Medical and sanitary report of the native army of Bengal for the year
Year: 1877
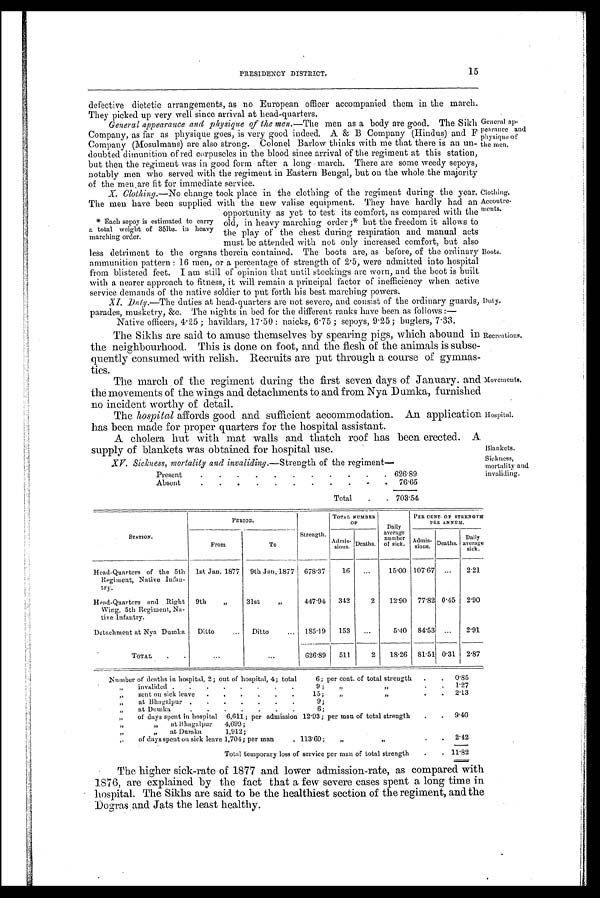
15
PRESIDENCY DISTRICT.
defective dietetic arrangements, as no European officer accompanied them in the march.
They picked up very well since arrival at head-quarters.
General appearance and physique of the men.— The men as a body are good. The Sikh
Company, as far as physique goes, is very good indeed. A & B Company (Hindus) and F
Company (Mosulmans) are also strong. Colonel Barlow thinks with me that there is an un-
doubted dimunition of red corpuscles in the blood since arrival of the regiment at this station,
but then the regiment was in good form after a long march. There are some weedy sepoys,
notably men who served with the regiment in Eastern Bengal, but on the whole the majority
of the men are fit for immediate service.
X. Clothing.—No change took place in the clothing of the regiment during the year.
The men have been supplied with the new valise equipment. They have hardly had an
opportunity as yet to test its comfort, as compared with the
* Each sepoy is estimated to carry old, in heavy marching order ;* but the freedom it allows to
a total weight of 351bs. in heavy
the ptay of the chest during respiration and manual acts
marching order.
must be attended with not only increased comfort, but also
less detriment to the organs therein contained. The boots are, as before, of the ordinary
ammunition pattern : 16 men, or a percentage of strength of 2.5, were admitted into hospital
from blistered feet. I am still of opinion that until stockings are worn, and the boot is built
with a nearer approach to fitness, it will remain a principal factor of inefficiency when active
service demands of the native soldier to put forth his best marching powers.
XI. Duty. —The duties at head-quarters are not severe, and consist of the ordinary guards,
parades, musketry, &c. The nights in bed for the different ranks have been as follow
Native officers, 4.25; havildars, 17.50 : naicks, 6.75 ; sepoys, 9.25; buglers, 7.33.
The Sikhs are said to amuse themselves by spearing pigs, which abound in
the neighbourhood. This is done on foot, and. the flesh of the animals is subse-
quently consumed with relish. Recruits are put through a course of gymnas-
tics.
The march of the regiment during the first seven days of January. and
the movements of the wings and detachments to and from Nya Damka, furnished
no incident worthy of detail.
The hospital affords good and sufficient accommodation. An application
has been made for proper quarters for the hospital assistant.
A cholera hut with mat walls and thatch roof has been erected. A
supply of blankets was obtained for hospital use.
General ap-
pearance and
physique of
lie men.
C l o t h i n g
Accoutre-
ments.
Boots.
Duty.
Recreations.
Movements.
Hospital.
Blankets.
Sickness,
mortality and i nval i di ng.
XV. Sickness, mortality and invaliding.— Strength of the regiment-
Present
626.89
Absent
76.65
Total
703.54
STATION.
PERIOD.
Strength.
TOTAL NUMBER
OF
Daily
average
number
of sick.
.
PER CENT. OF STRENGTH
PER ANNIIIS.
From
TO
Admis-sious Deaths.
Admis-
sious.
Deaths.
Daily
average
sick.
Head-Quarters of the 5th
Regiment, Native Infan-
try.
1st Jan. 1877
9th Jan.1877
6 7 8 . 3 7
1 6
. . .
1 5 . 0 0
1 0 7 . 6 7
. . .
2 . 2 1
Head-Quarters and Right
Wing, 5th Regiment. , Na-
tive Infantry.
9th
„
31st
„
4 4 7 . 9 4
3 4 2
2
1 2 . 9 0
7 7 . 8 2
0 . 4 5
2 . 9 0
Detachment at Nya Dumka
Ditto
...
Ditto
...
1 8 5 . 1 9
1 5 3
. . .
5 . 4 0
8 4 . 5 3
. . .
2 . 9 1
TOTAL
...
...
6 2 6 . 8 9
5 1 1
2
1 8 . 2 6
8 1 . 5 1
0 . 3 1
2 . 8 7
Number of deaths in hospital, 2; out of hospital, 4; total. 6; per cent. of total strength
0.85
,, invalided 9 ; ,, ,,
1.27
sent on sick leave 15 ; ,, ,,
2.13
,, at Bhagalpur 9 ; ,, ,,
,, at Dnmka 6 ; ,, ,,
,, of days spent in hospital 6,611 ; per admission 12.93 ; per man of total strength
9.40
,, ,, at Bhagalpur 4,699 ;
,, ,, at Dumku 1,912 ;
,, of days spent on sick leave 1,704 ; per man 113.60 ;,, ,,
2.42
Total temporary loss of service per man of total strength
11.82
The higher sick-rate of 1877 and lower admission-rate, as compared with
1876, are explained by the fact that a few severe cases spent a long time in
hospital. The Sikhs are said to be the healthiest section of the regiment, and the
Dogras and Jats the least healthy.